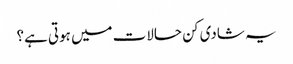
یہ شادی کن حالات میں ہوتی ہے؟